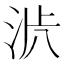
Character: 𱦟